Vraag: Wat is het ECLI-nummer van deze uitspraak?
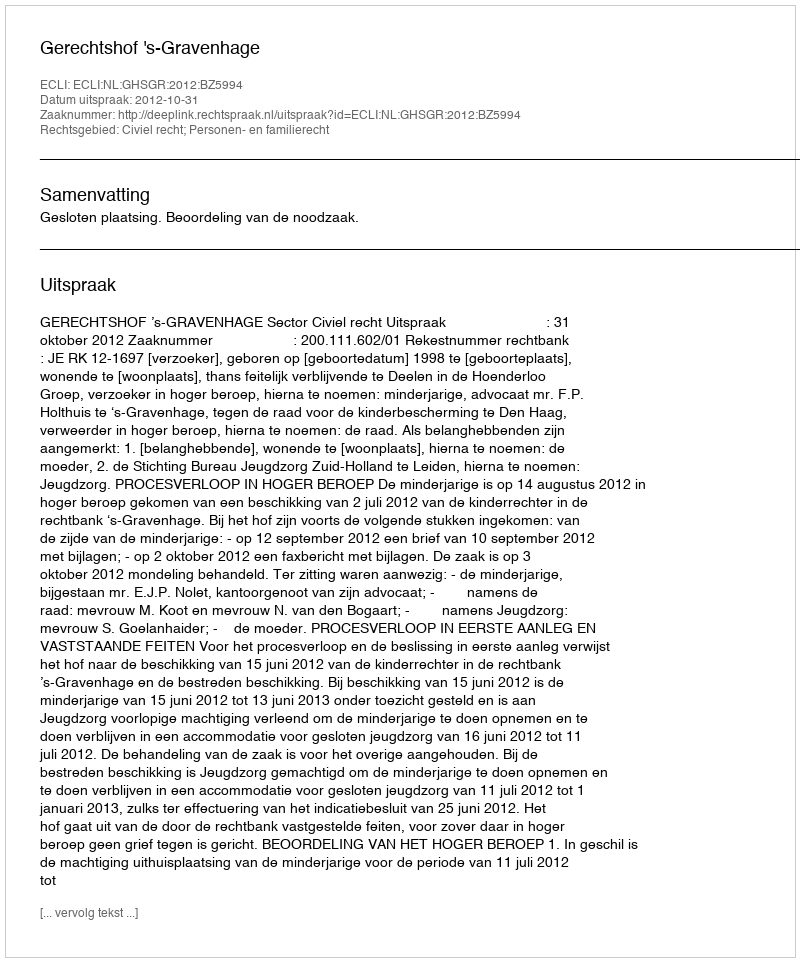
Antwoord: ECLI:NL:GHSGR:2012:BZ5994